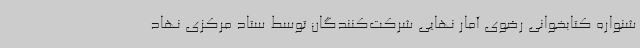
شنواره کتابخوانی رضوی آمار نهایی شرکت‌کنندگان توسط ستاد مرکزی نهاد